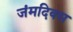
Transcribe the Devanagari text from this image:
जंमदिवस